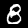
Label: 8